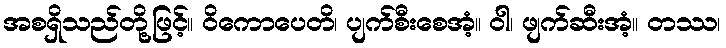
အစရှိသည်တို့ဖြင့်။ ဝိကောပေတိ၊ ပျက်စီးစေအံ့။ ဝါ၊ ဖျက်ဆီးအံ့။ တဿ၊